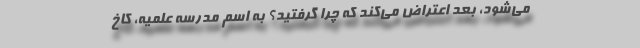
می‌شود، بعد اعتراض می‌کند که چرا گرفتید؟ به اسم مدرسه علمیه، کاخ